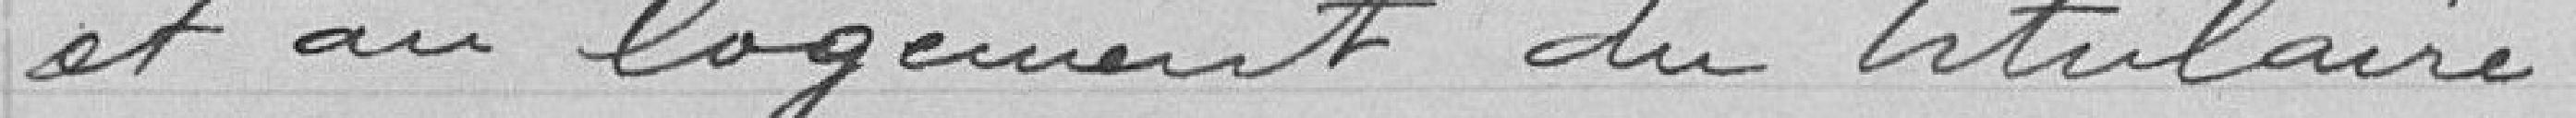
et au logement du titulaire.